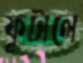
ফুটালে